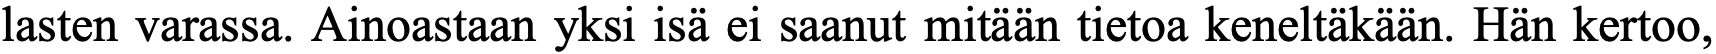
lasten varassa. Ainoastaan yksi isä ei saanut mitään tietoa keneltäkään. Hän kertoo,